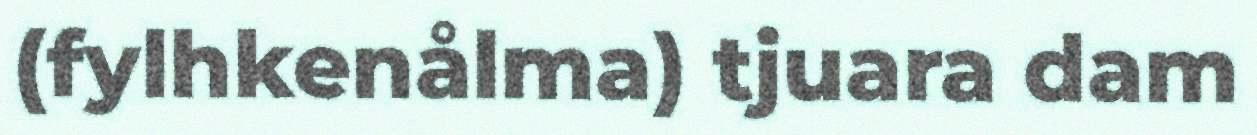
(fylhkenålma) tjuara dam